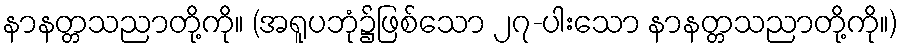
နာနတ္တသညာတို့ကို။ (အရူပဘုံ၌ဖြစ်သော ၂၇-ပါးသော နာနတ္တသညာတို့ကို။)